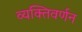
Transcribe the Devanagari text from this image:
व्यक्तिवर्णन